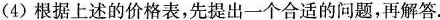
(4)根据上述的价格表，先提出一个合适的问题，再解答。